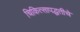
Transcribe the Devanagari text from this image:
चिकित्सापद्धतीचे